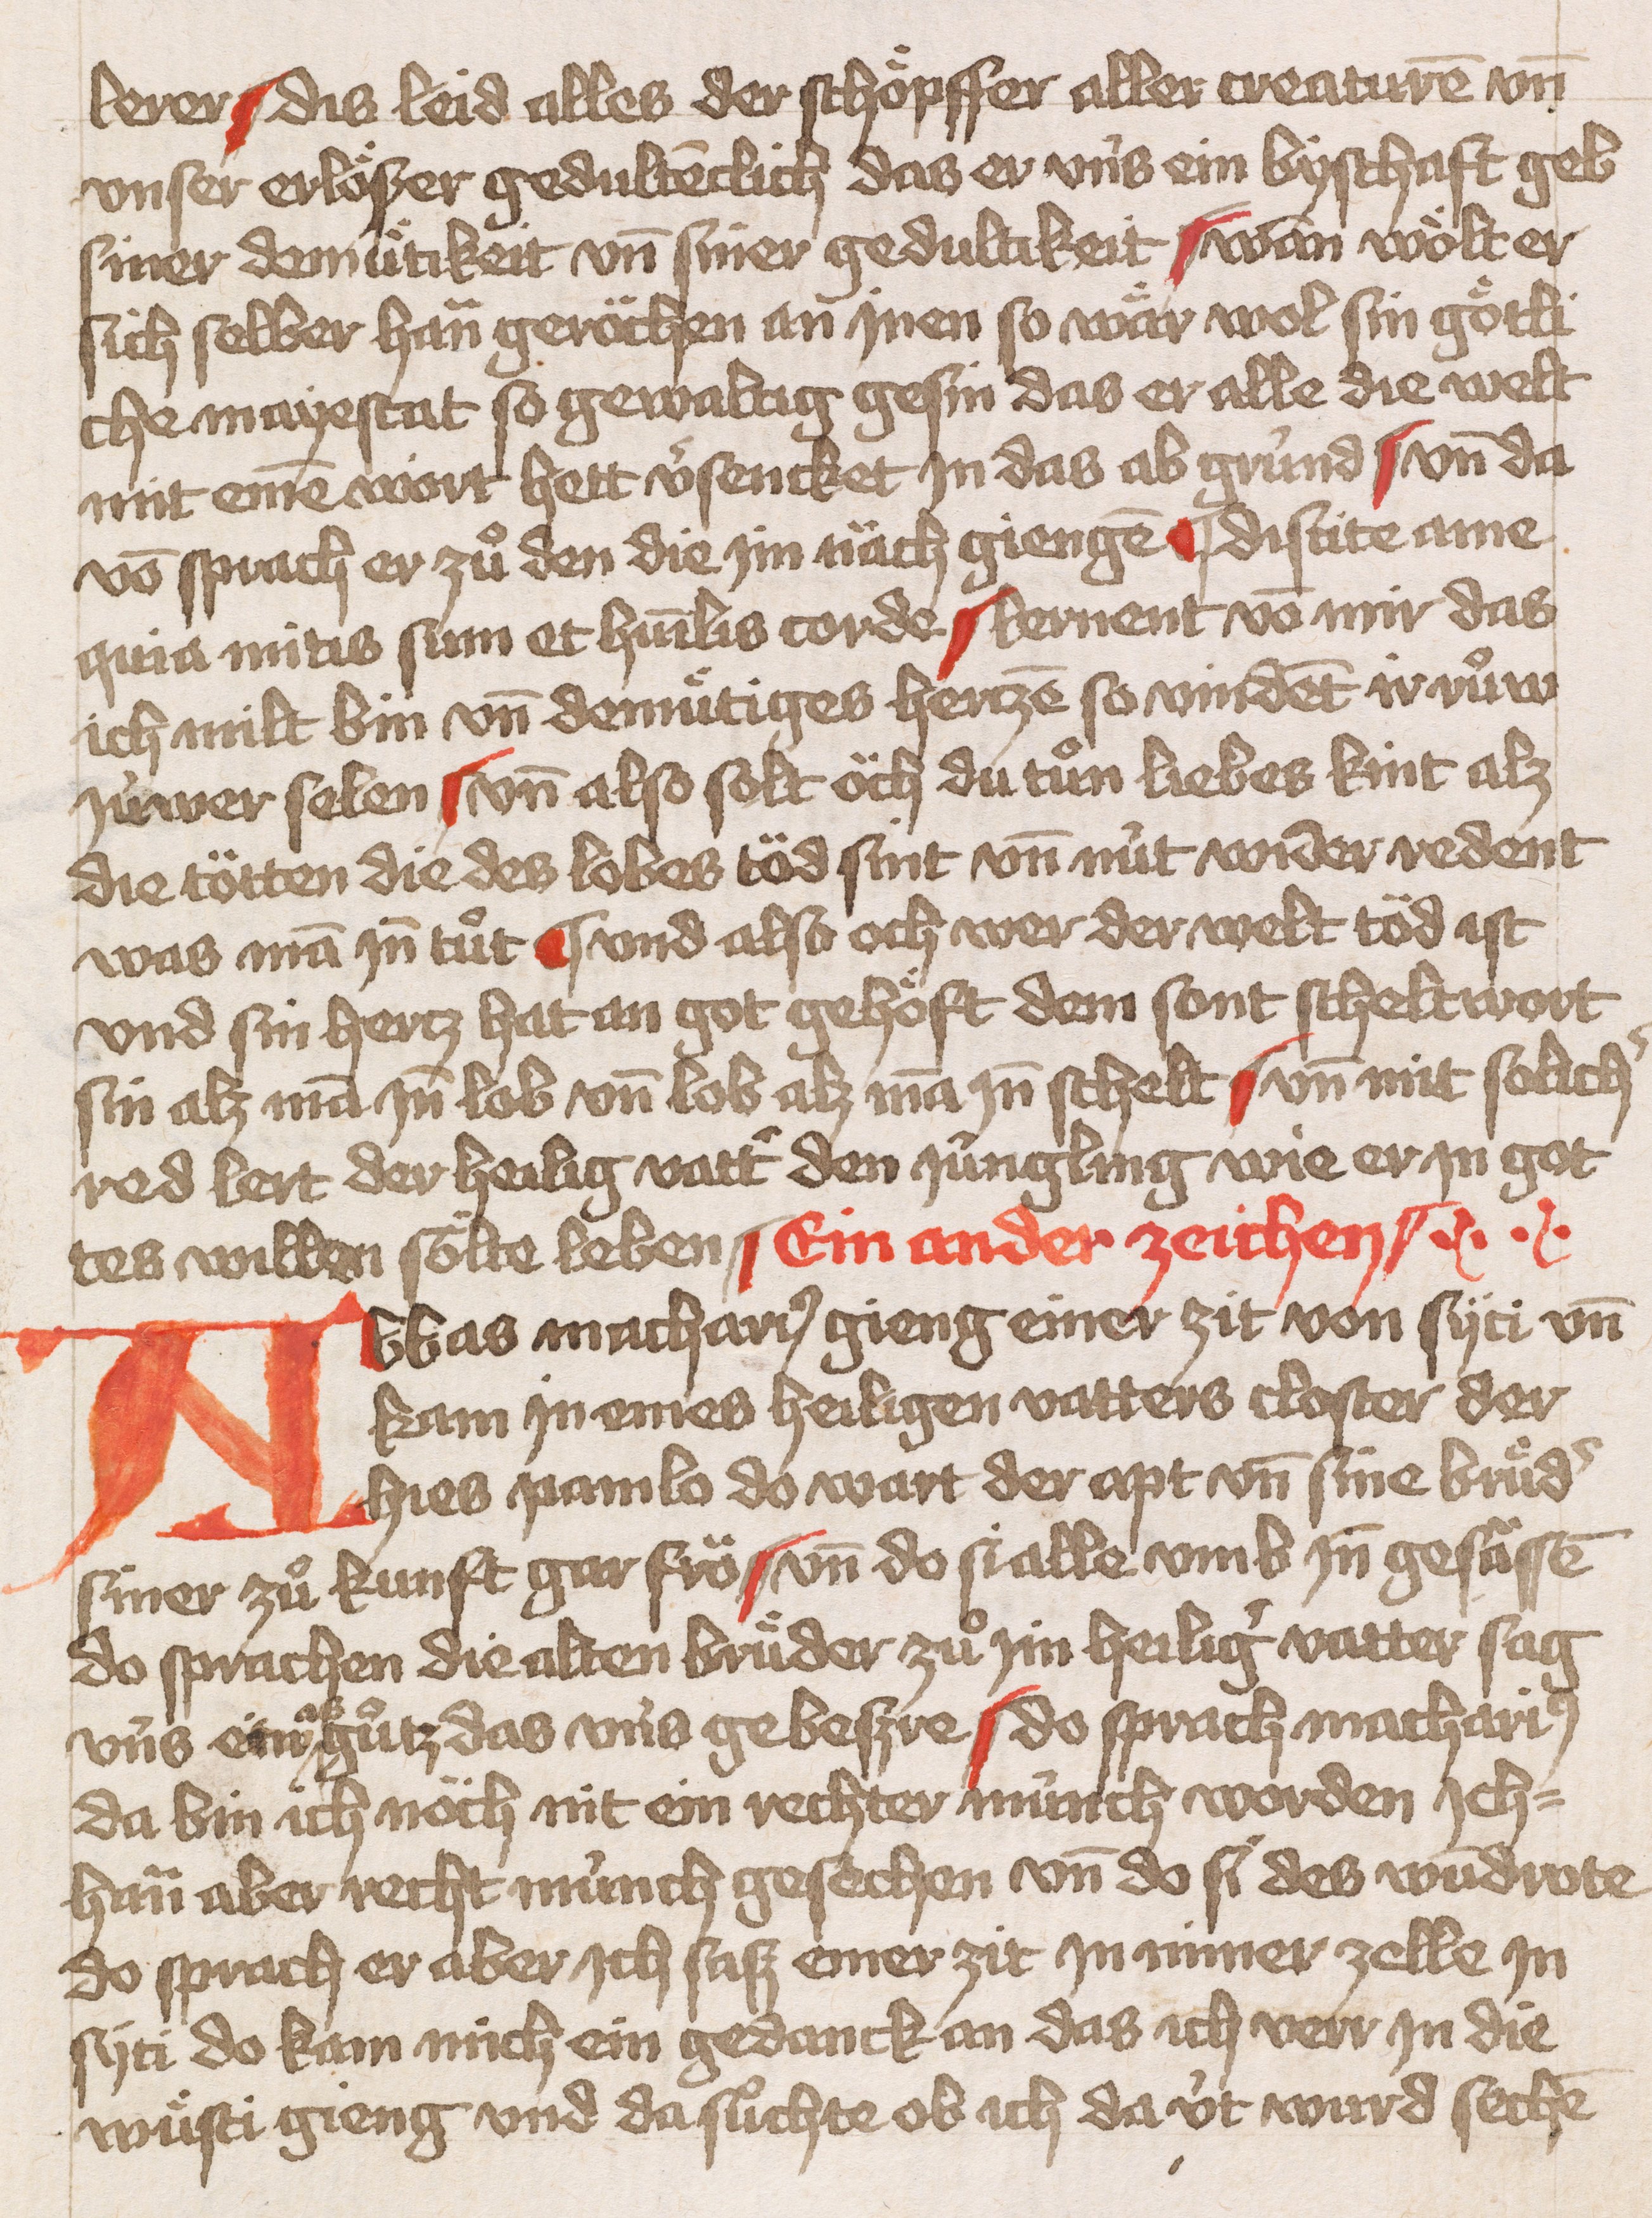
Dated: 1451–1451